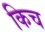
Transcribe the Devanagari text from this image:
किच